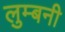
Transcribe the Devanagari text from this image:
लुम्बनी